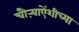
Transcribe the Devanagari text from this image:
चौऱ्याऐंशीच्या